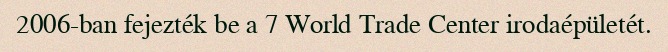
2006-ban fejezték be a 7 World Trade Center irodaépületét.